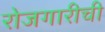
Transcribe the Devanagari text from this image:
रोजगारीची